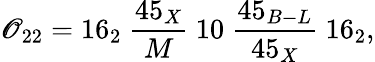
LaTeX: \mathscr{O}_{22}=16_{2}\ {\frac{{45_{X}}}{{M}}}\ 10\ {\frac{{45_{B-L}}}{{45_{X}}}}\ 16_{2},